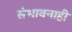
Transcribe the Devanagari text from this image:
संभावनाही